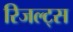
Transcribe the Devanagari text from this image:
रिजल्ट्स